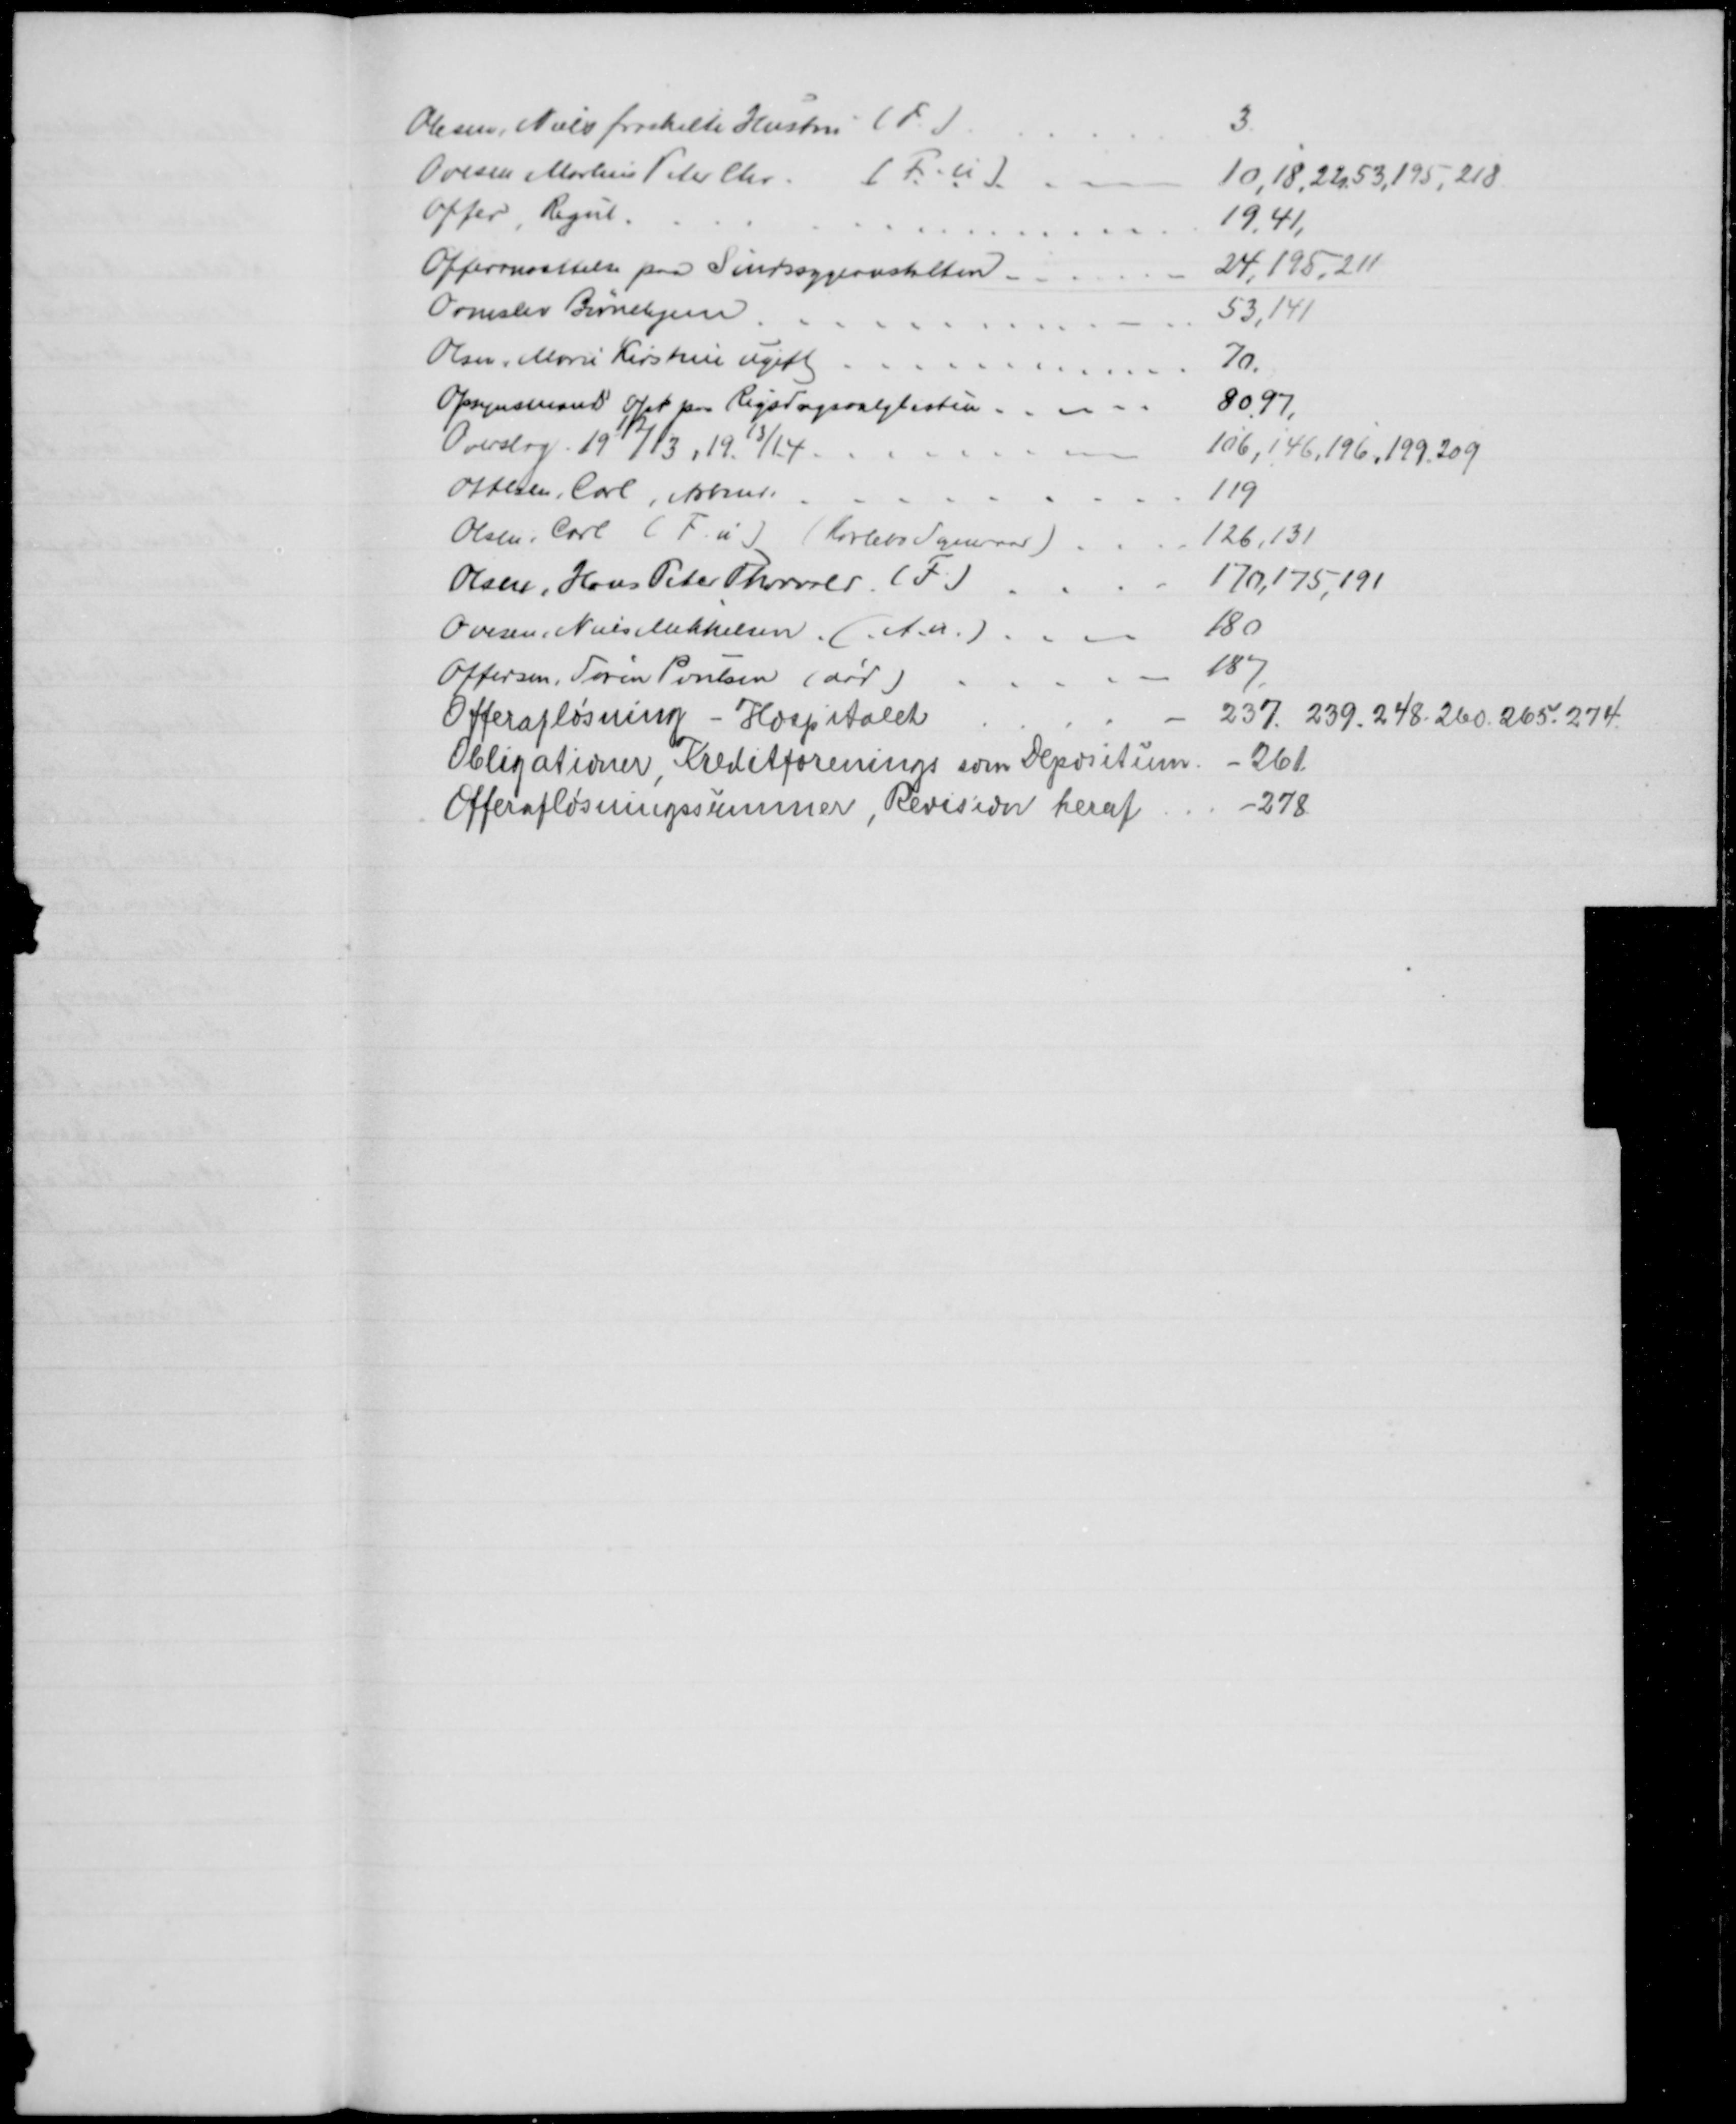
Transskription:
Olesen, Niels fraskilte Hustru (F.)
3.
Ovesen Markus Peter Chr.
(F.u)
10,18, 22, 53,195,218
Offer, Regul.
19, 41,
Offeransættelse paa Sindssygeanstalten.
24,195, 211
Ormslev Børnehjem
53,141
Olsen, Marie Kirstine ugift
70.
Opsynsmænd opst paa Rigsdagsvalglisten
80,97,
Overslag. 1912/13, 1913/14.
106, 146, 196, 199. 209
Ottesen, Carl, Arbmd.
119
Olsen, Carl (F. u.) (Karlebo Sogneraad)
126,131
Olsen, Hans Peter Thorvald (F)
170,175, 191
Ovesen Niels Mikkelsen (A. u.)
180
Offersen, Søren Poulsen (død)
187
Offerafløsning - Hospitalet
237. 239. 248. 260. 265. 274.
Obligationer Kreditforenings som Depositum
261.
Offerafløsningssummer, Revision heraf
278